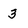
Character: 3